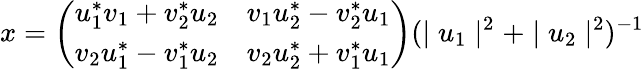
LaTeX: x=\left(\begin{array}{cc}{{u_{1}^{\ast}v_{1}+v_{2}^{\ast}u_{2}}}&{{v_{1}u_{2}^{\ast}-v_{2}^{\ast}u_{1}}}\\ {{v_{2}u_{1}^{\ast}-v_{1}^{\ast}u_{2}}}&{{v_{2}u_{2}^{\ast}+v_{1}^{\ast}u_{1}}}\end{array}\right)(\mid u_{1}\mid^{2}+\mid u_{2}\mid^{2})^{-1}